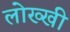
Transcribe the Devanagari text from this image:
लोख्खी